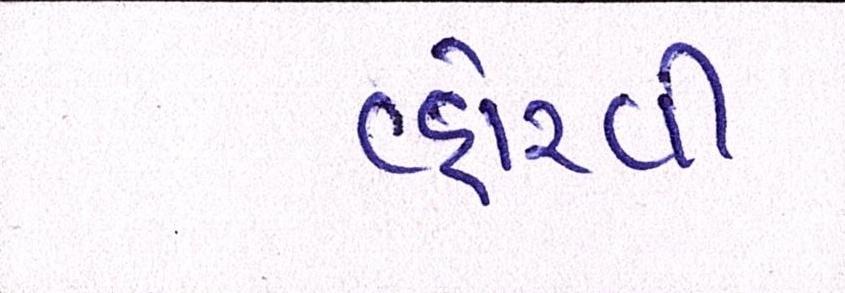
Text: વ્હોરવી